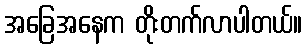
အခြေအနေက တိုးတက်လာပါတယ်။